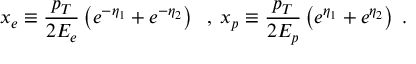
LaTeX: x _ { e } \equiv \frac { p _ { T } } { 2 E _ { e } } \left( e ^ { - \eta _ { 1 } } + e ^ { - \eta _ { 2 } } \right) \; \; , \; x _ { p } \equiv \frac { p _ { T } } { 2 E _ { p } } \left( e ^ { \eta _ { 1 } } + e ^ { \eta _ { 2 } } \right) \; .